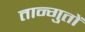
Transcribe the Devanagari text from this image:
तान्गुतों